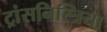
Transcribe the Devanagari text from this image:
ट्रांसनिस्त्रिया